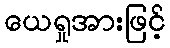
ယေရှုအားဖြင့်